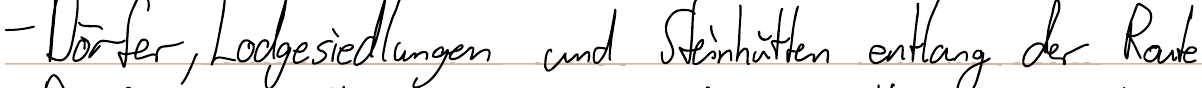
- Dörfer, Lodgesiedlungen und Steinhütten entlang der Route